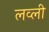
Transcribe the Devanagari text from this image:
लव्ली